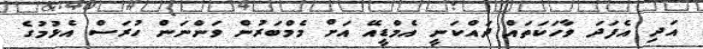
އަދި އެފަދަ ވާހަކަތައް ދައްކަނީ އެމްޑީއޭ އަށް މެމްބަރުން ވަންނަން ހުރަސް އެޅުމުގެ